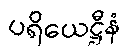
ပရိယေဋ္ဌီနံ